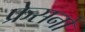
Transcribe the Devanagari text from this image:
फ्रेसनो